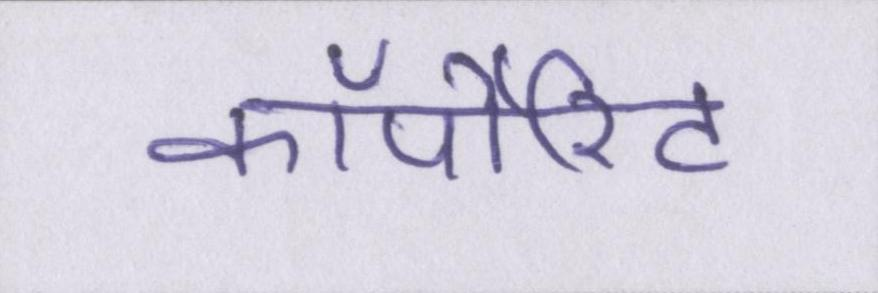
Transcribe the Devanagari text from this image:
कॉर्पोरेट